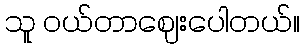
သူ ဝယ်တာဈေးပေါတယ်။